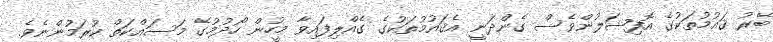
ބޭރު ޤައުމުތަކުގެ އޮފިޝަލުންވެސް ގެންދަނީ އެޤައުމުތަކުގެ ގެއްލިފައިވާ މީހުން ހޯދުމުގެ މަސައްކަތް ކުރަމުންނެވެ.